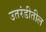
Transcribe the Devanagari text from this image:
उतरंडीतील